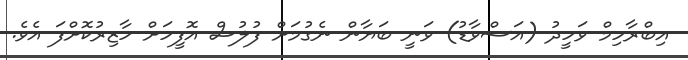
އިބްރާހިމް ވަހީދު (އަސްވާޑު) ވަނީ ބަޔާން ނެގުމަށް ފުލުސް އޮފީހަށް ހާޒިރުކޮށްފަ އެވެ.